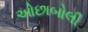
ઓછાબોલી